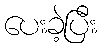
ပေးခဲ့ပြီး